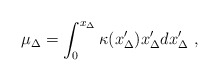
\begin{align*}\mu_\Delta = \int_0^{x_\Delta} \kappa(x'_\Delta)x'_\Delta d x'_\Delta \ ,\end{align*}